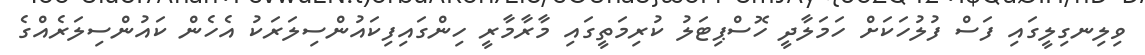
ވިލިނގިލީގައި ފަސް ފުލުހަަކަށް ހަމަލާދީ ހޮސްޕިޓަލު ކުރިމަތީގައި މާރާމާރީ ހިންގައިފިކައުންސިލަރަކު އެހެން ކައުންސިލަރެއްގެ